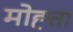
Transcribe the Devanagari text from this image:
मोह्त्ता